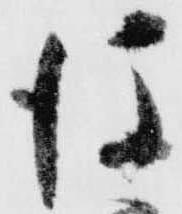
後